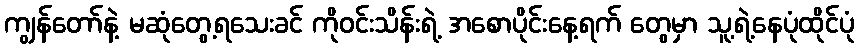
ကျွန်တော်နဲ့ မဆုံတွေ့ရသေးခင် ကိုဝင်းသိန်းရဲ့ အစောပိုင်းနေ့ရက် တွေမှာ သူ့ရဲ့နေပုံထိုင်ပုံ